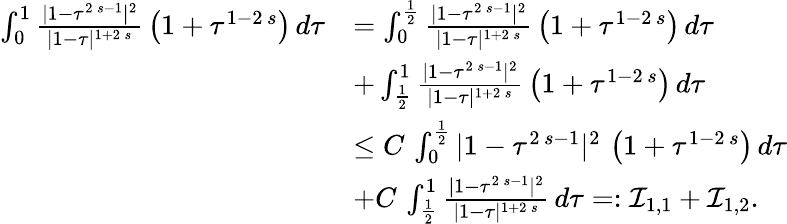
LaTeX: \begin{array}{rl}{\int_{0}^{1}\frac{|1-\tau^{2\, s-1}|^{2}}{|1-\tau|^{1+2\, s}}\, \left(1+\tau^{1-2\, s}\right)\, d\tau}&{=\int_{0}^{\frac{1}{2}}\frac{|1-\tau^{2\, s-1}|^{2}}{|1-\tau|^{1+2\, s}}\, \left(1+\tau^{1-2\, s}\right)\, d\tau}\\ &{+\int_{\frac{1}{2}}^{1}\frac{|1-\tau^{2\, s-1}|^{2}}{|1-\tau|^{1+2\, s}}\, \left(1+\tau^{1-2\, s}\right)\, d\tau}\\ &{\le C\, \int_{0}^{\frac{1}{2}}|1-\tau^{2\, s-1}|^{2}\, \left(1+\tau^{1-2\, s}\right)\, d\tau}\\ &{+C\, \int_{\frac{1}{2}}^{1}\frac{|1-\tau^{2\, s-1}|^{2}}{|1-\tau|^{1+2\, s}}\, d\tau=:\mathcal{I}_{1,1}+\mathcal{I}_{1,2}.}\end{array}